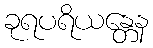
ခုရပရိယန္တေန